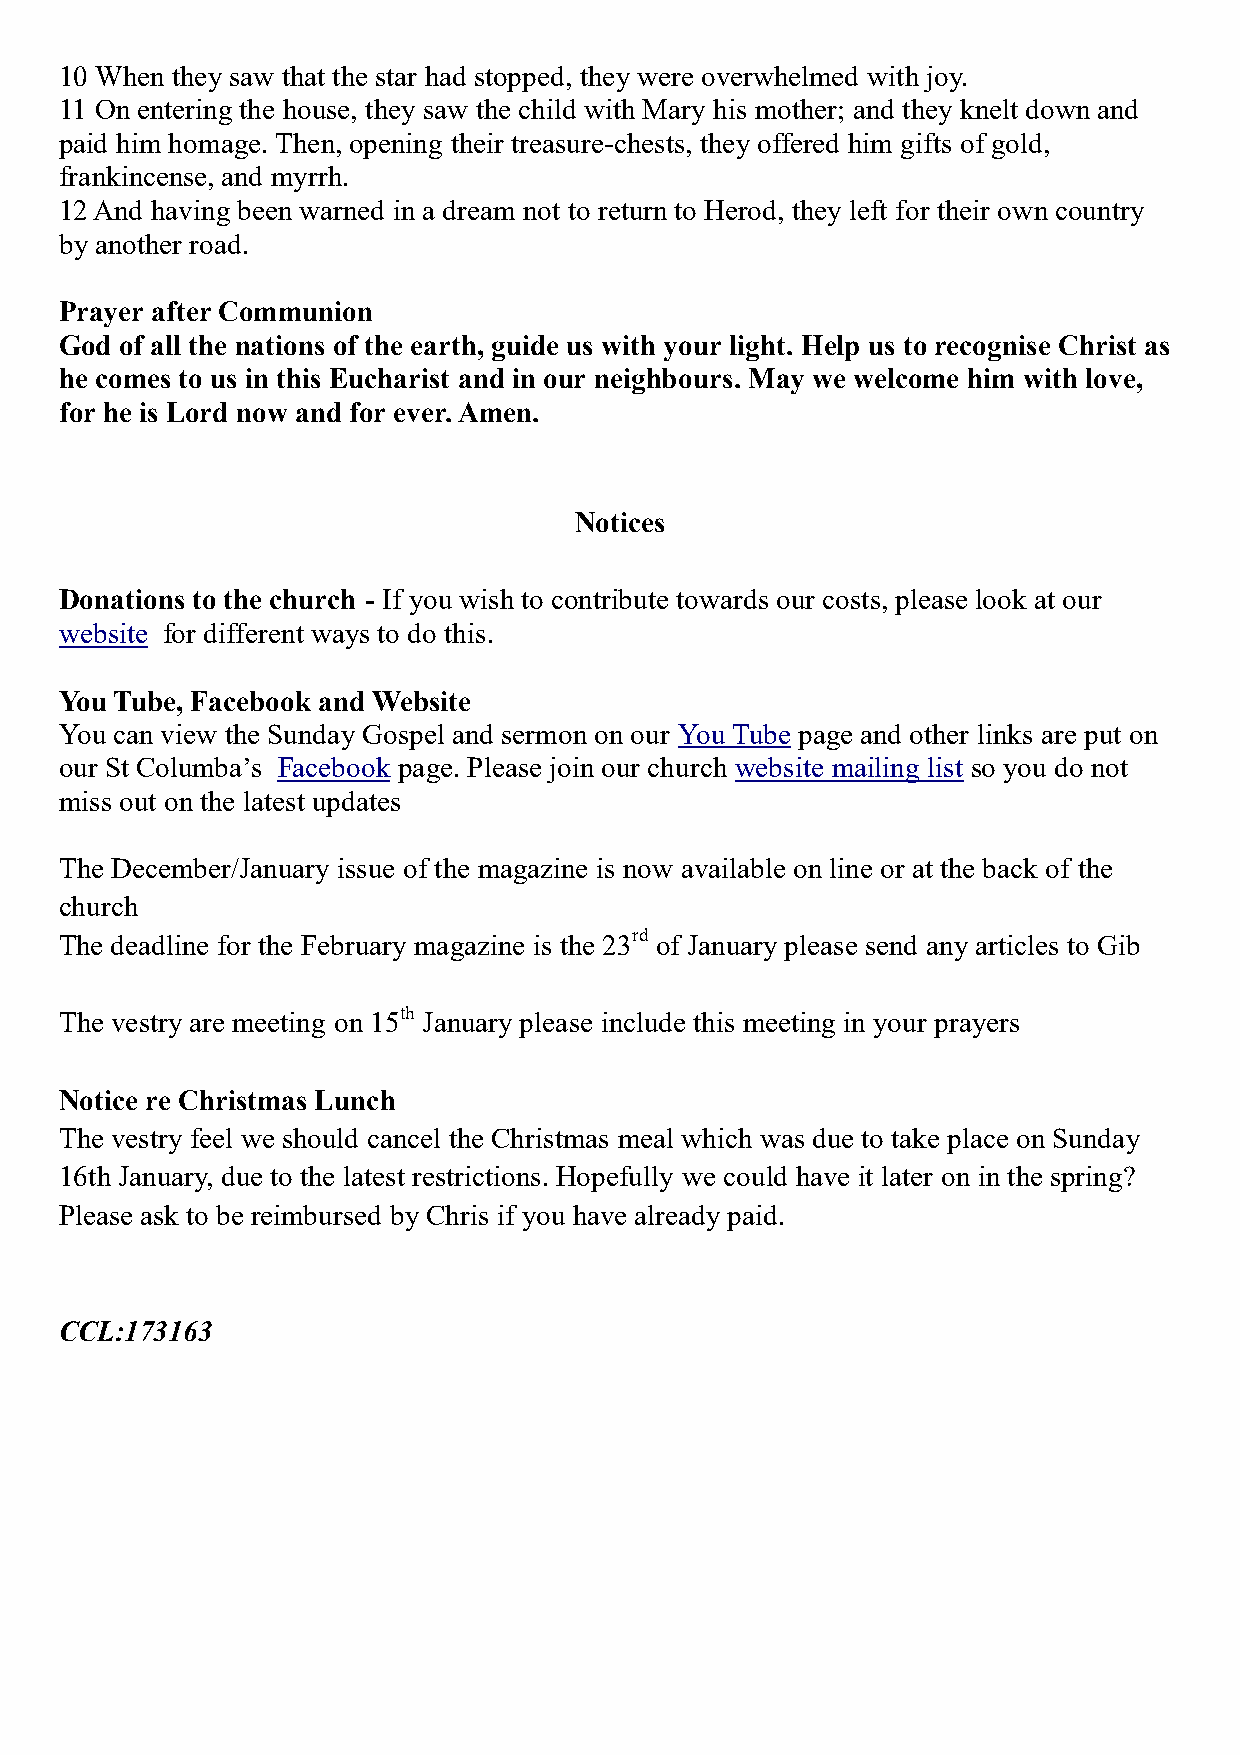
10 When they saw that the star had stopped, they were overwhelmed with joy.
 11 On entering the house, they saw the child with Mary his mother; and they knelt down and
 paid him homage. Then, opening their treasure-chests, they offered him gifts of gold,
 frankincense, and myrrh.
 12 And having been warned in a dream not to return to Herod, they left for their own country
 by another road.
 Prayer after Communion
 God of all the nations of the earth, guide us with your light. Help us to recognise Christ as
 he comes to us in this Eucharist and in our neighbours. May we welcome him with love,
 for he is Lord now and for ever. Amen.
 Notices
 Donations to the church - If you wish to contribute towards our costs, please look at our
 website for different ways to do this.
 You Tube, Facebook and Website
 You can view the Sunday Gospel and sermon on our You Tube page and other links are put on
 our St Columba’s Facebook page. Please join our church website mailing list so you do not
 miss out on the latest updates
 The December/January issue of the magazine is now available on line or at the back of the
 church
 The deadline for the February magazine is the 23rd of January please send any articles to Gib
 The vestry are meeting on 15th January please include this meeting in your prayers
 Notice re Christmas Lunch
 The vestry feel we should cancel the Christmas meal which was due to take place on Sunday
 16th January, due to the latest restrictions. Hopefully we could have it later on in the spring?
 Please ask to be reimbursed by Chris if you have already paid.
 CCL:173163